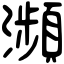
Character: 瀕